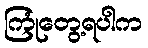
ကြုံတွေ့ရပါက